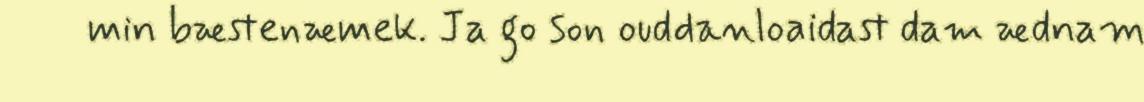
min bæstenæmek. Ja go son ouddanloaidast dam ædnam